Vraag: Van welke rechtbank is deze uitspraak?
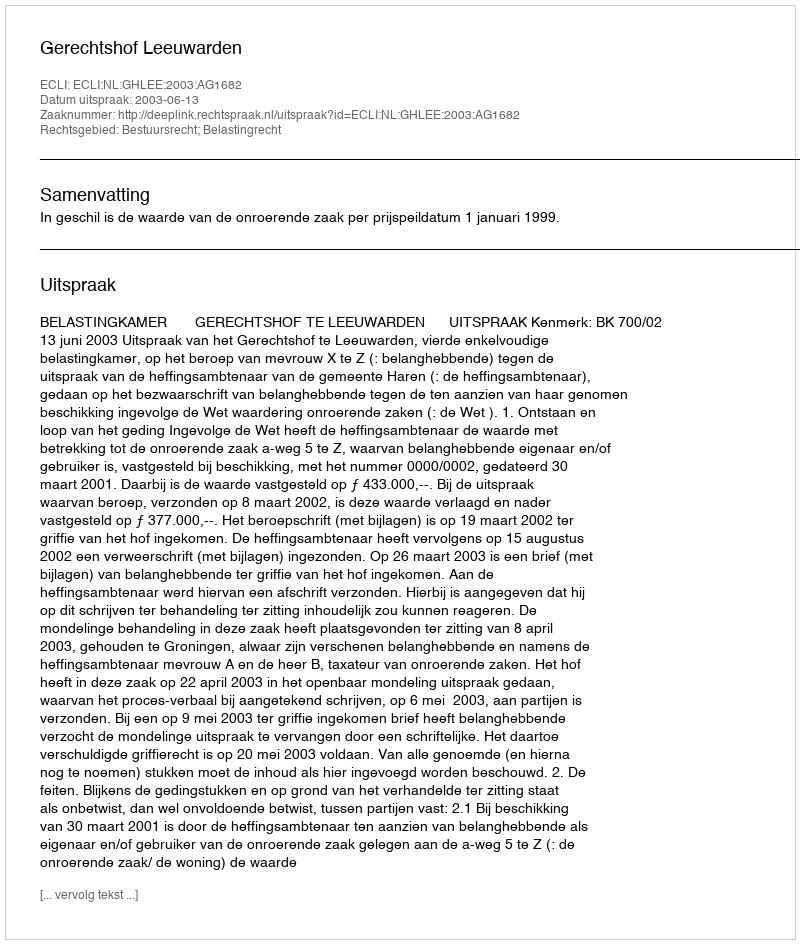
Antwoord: Gerechtshof Leeuwarden